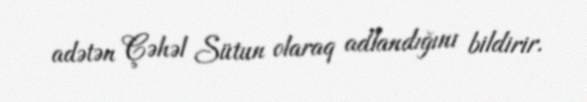
adətən Çəhəl Sütun olaraq adlandığını bildirir.